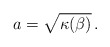
\begin{align*}a = \sqrt{\kappa (\beta)} \,.\end{align*}